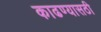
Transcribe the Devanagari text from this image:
काढण्यासठी